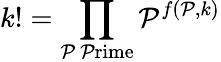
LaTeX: k!=\prod_{\mathcal{P}{\mathrm{{~\mathcal{P}rime}}}}\mathcal{P}^{f(\mathcal{P},k)}